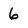
Character: 6